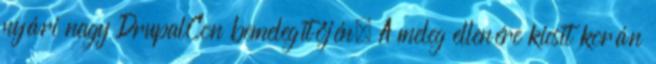
nyári nagy DrupalCon bemelegítőjén. A meleg ellenére kicsit korán